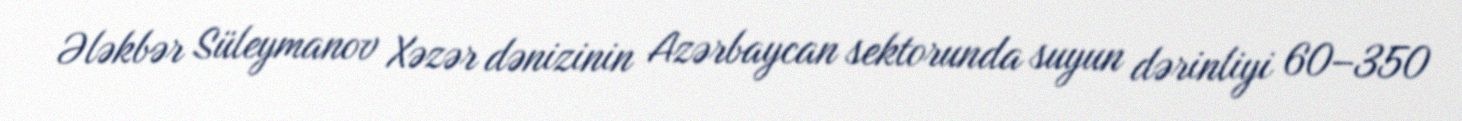
Ələkbər Süleymanov Xəzər dənizinin Azərbaycan sektorunda suyun dərinliyi 60–350